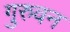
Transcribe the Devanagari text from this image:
गुरुवन